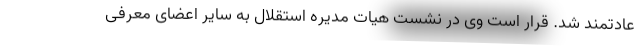
عادتمند شد. قرار است وی در نشست هیات مدیره استقلال به سایر اعضای معرفی